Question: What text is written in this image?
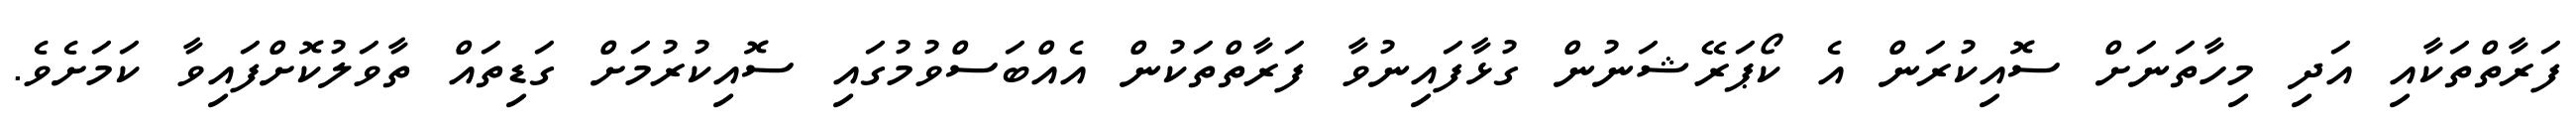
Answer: ފަރާތްތަކާއި އަދި މިހާތަނަށް ސޮއިކުރަން އެ ކޯޕަރޭޝަނުން ގުޅާފައިނުވާ ފަރާތްތަކުން އެއްބަސްވުމުގައި ސޮއިކުރުމަށް ގަޑިތައް ތާވަލުކޮށްފައިވާ ކަމަށެވެ.